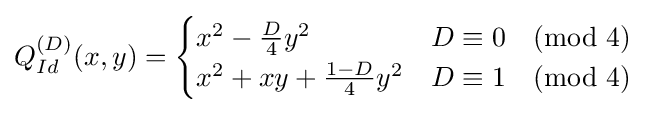
Q_{Id}^{(D)}(x,y)={\begin{cases}x^{2}-{\frac {D}{4}}y^{2}&D\equiv 0{\pmod {4}}\\x^{2}+xy+{\frac {1-D}{4}}y^{2}&D\equiv 1{\pmod {4}}\end{cases}}